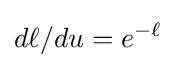
d\ell /du=e^{-\ell }